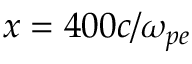
x = 4 0 0 c / \omega _ { p e }